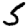
Digit: 5